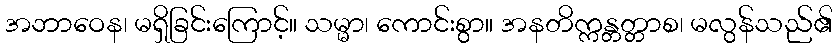
အဘာဝေန၊ မရှိခြင်းကြောင့်။ သမ္မာ၊ ကောင်းစွာ။ အနတိက္ကန္တတ္တာစ၊ မလွန်သည်၏